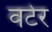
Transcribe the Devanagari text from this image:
वटेर